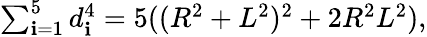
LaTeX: \textstyle\sum_{\mathbf{i}=1}^{5}d_{\mathbf{i}}^{4}=5((R^{2}+L^{2})^{2}+2R^{2}L^{2}),